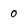
Character: o